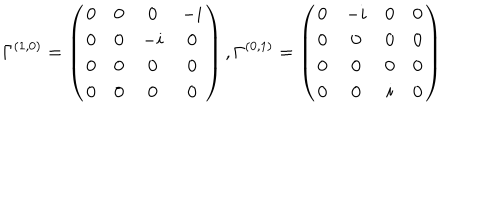
LaTeX: \Gamma ^ { ( 1 , 0 ) } = \left( \begin{array} { c c c c } { { 0 } } & { { 0 } } & { { 0 } } & { { - i } } \\ { { 0 } } & { { 0 } } & { { - i } } & { { 0 } } \\ { { 0 } } & { { 0 } } & { { 0 } } & { { 0 } } \\ { { 0 } } & { { 0 } } & { { 0 } } & { { 0 } } \\ \end{array} \right) , \Gamma ^ { ( 0 , 1 ) } = \left( \begin{array} { c c c c } { { 0 } } & { { - i } } & { { 0 } } & { { 0 } } \\ { { 0 } } & { { 0 } } & { { 0 } } & { { 0 } } \\ { { 0 } } & { { 0 } } & { { 0 } } & { { 0 } } \\ { { 0 } } & { { 0 } } & { { i } } & { { 0 } } \\ \end{array} \right)